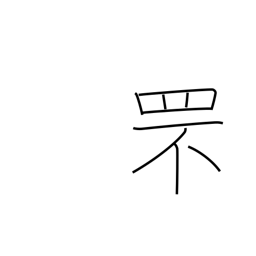
Meaning: rabbit catching net